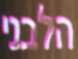
הלבני